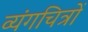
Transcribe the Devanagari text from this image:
व्यंगचित्रों